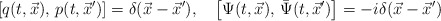
\begin{align*}\left[q(t,\vec{x}),\,p(t,\vec{x}')\right]=\delta(\vec{x}-\vec{x}'),\quad \left[\Psi(t,\vec{x}),\,\bar{\Psi}(t,\vec{x}')\right]= -i\delta(\vec{x}-\vec{x}')\end{align*}